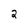
Character: 2